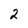
Character: 2